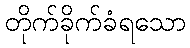
တိုက်ခိုက်ခံရသော